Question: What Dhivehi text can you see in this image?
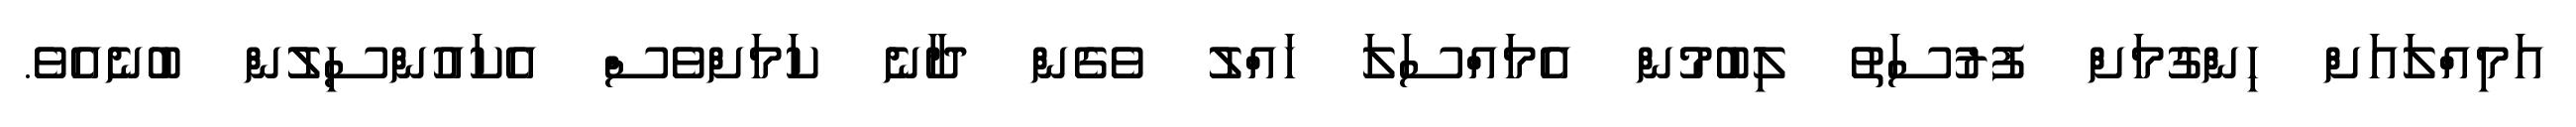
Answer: އަމިއްލައަށް ހިންގުމަށް ފުރުސަތު ލިބުމުން އެމައްސަލަ ހައްލު ވެގެން ދާނެ ކަމަށްވެސް އެކައުންސިލުން ބުނެއެވެ.